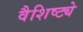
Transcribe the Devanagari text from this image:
वैशिष्‍ट्ये